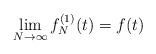
LaTeX: \begin{align*}\lim_{N\rightarrow \infty} f_N^{(1)} (t) = f(t)\end{align*}